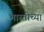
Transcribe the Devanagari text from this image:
भारतीच्या